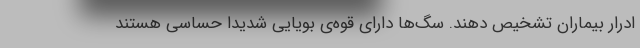
ادرار بیماران تشخیص دهند. سگ‌ها دارای قوه‌ی بویایی شدیدا حساسی هستند